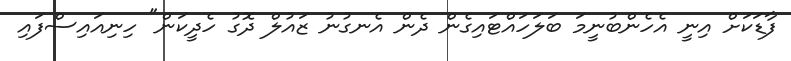
ފާޑަކަށް އިނީ އެހެންބުނީމަ ބަލަހައްޓައިގެން ދެން އެނގުނު ޒައުލް ދޮގު ހެދީކަން" ހިނިއައިސްފައި